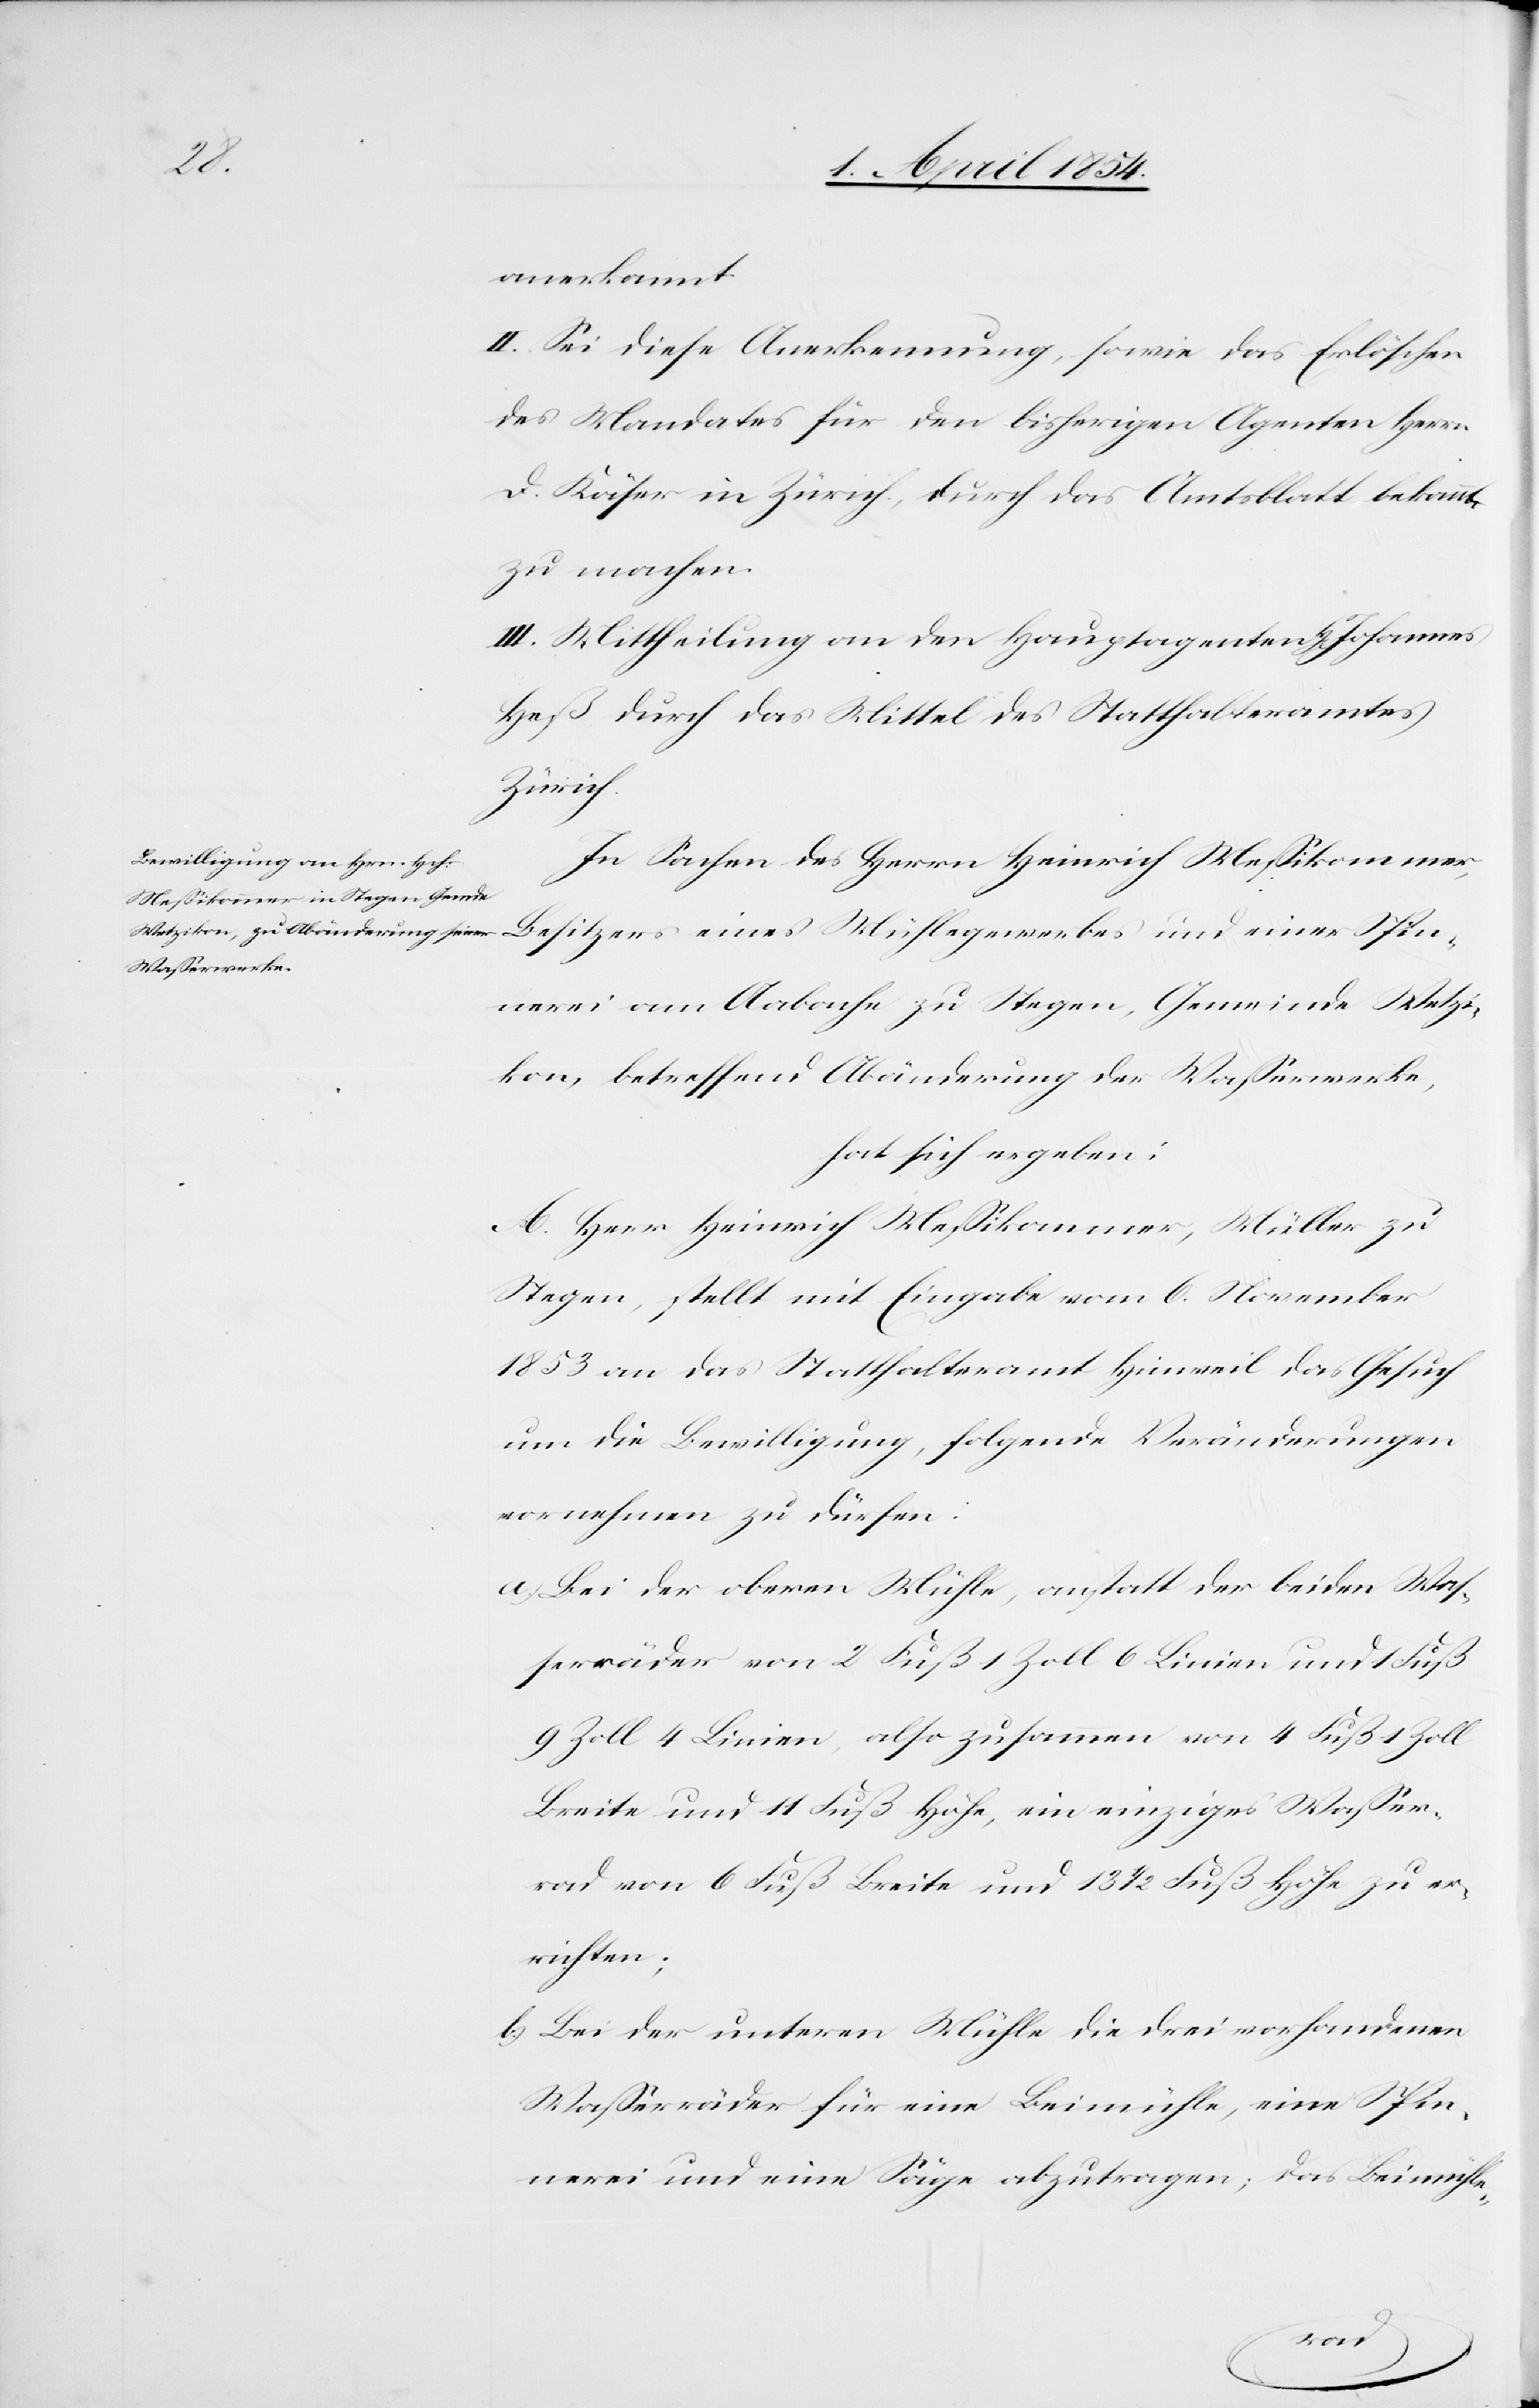
anerkannt.
II. Sei diese Anerkennung, sowie das Erlöschen
des Mandates für den bisherigen Agenten Herr
D. Käser in Zürich, durch das Amtsblatt bekannt
zu machen.
III. Mittheilung an den Hauptagenten H[en] Johannes
Heß durch das Mittel des Statthalteramtes
Zürich.
In Sachen des Herrn Heinrich Meßikommer,
Besitzers eines Mühlegewerbes und einer Spin¬
nerei am Aabache zu Stegen, Gemeinde Wetzi¬
kon, betreffend Abänderung der Waßerwerke,
hat sich ergeben:
A. Herr Heinrich Meßikommer, Müller zu
Stegen, stellt Eingabe vom 6. November
1853 an das Statthalteramt Hinweil das Gesuch
um die Bewilligung, folgende Veränderungen
vornehmen zu dürfen:
a) Bei der oberen Mühle, anstatt der beiden Waß¬
erräder von 2 Fuß 1 Zoll 6 Linien und 1 Fuß
9 Zoll 4 Linien, also zusammen von 4 Fuß 1 Zoll
Breite und 11 Fuß Höhe, ein einziges Waßer¬
rad von 6 Fuß Breite und 13 1/2 Fuß Höhe zu er¬
richten;
b) Bei der unteren Mühle die drei vorhandenen
Waßerräder für eine Beimühle, eine Spin¬
nerei und eine Säge abzutragen; das Beimühle-